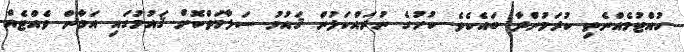
ހުއްޓުމެއްނެތި ކުރަމުންދާ ބައެކެވެ. ކުށުގެ ނުރައްކަލުން ޤައުމު ސަލާމަތްކޮށް ޤައުމުގައި އަމާން ވެއްޓެއް